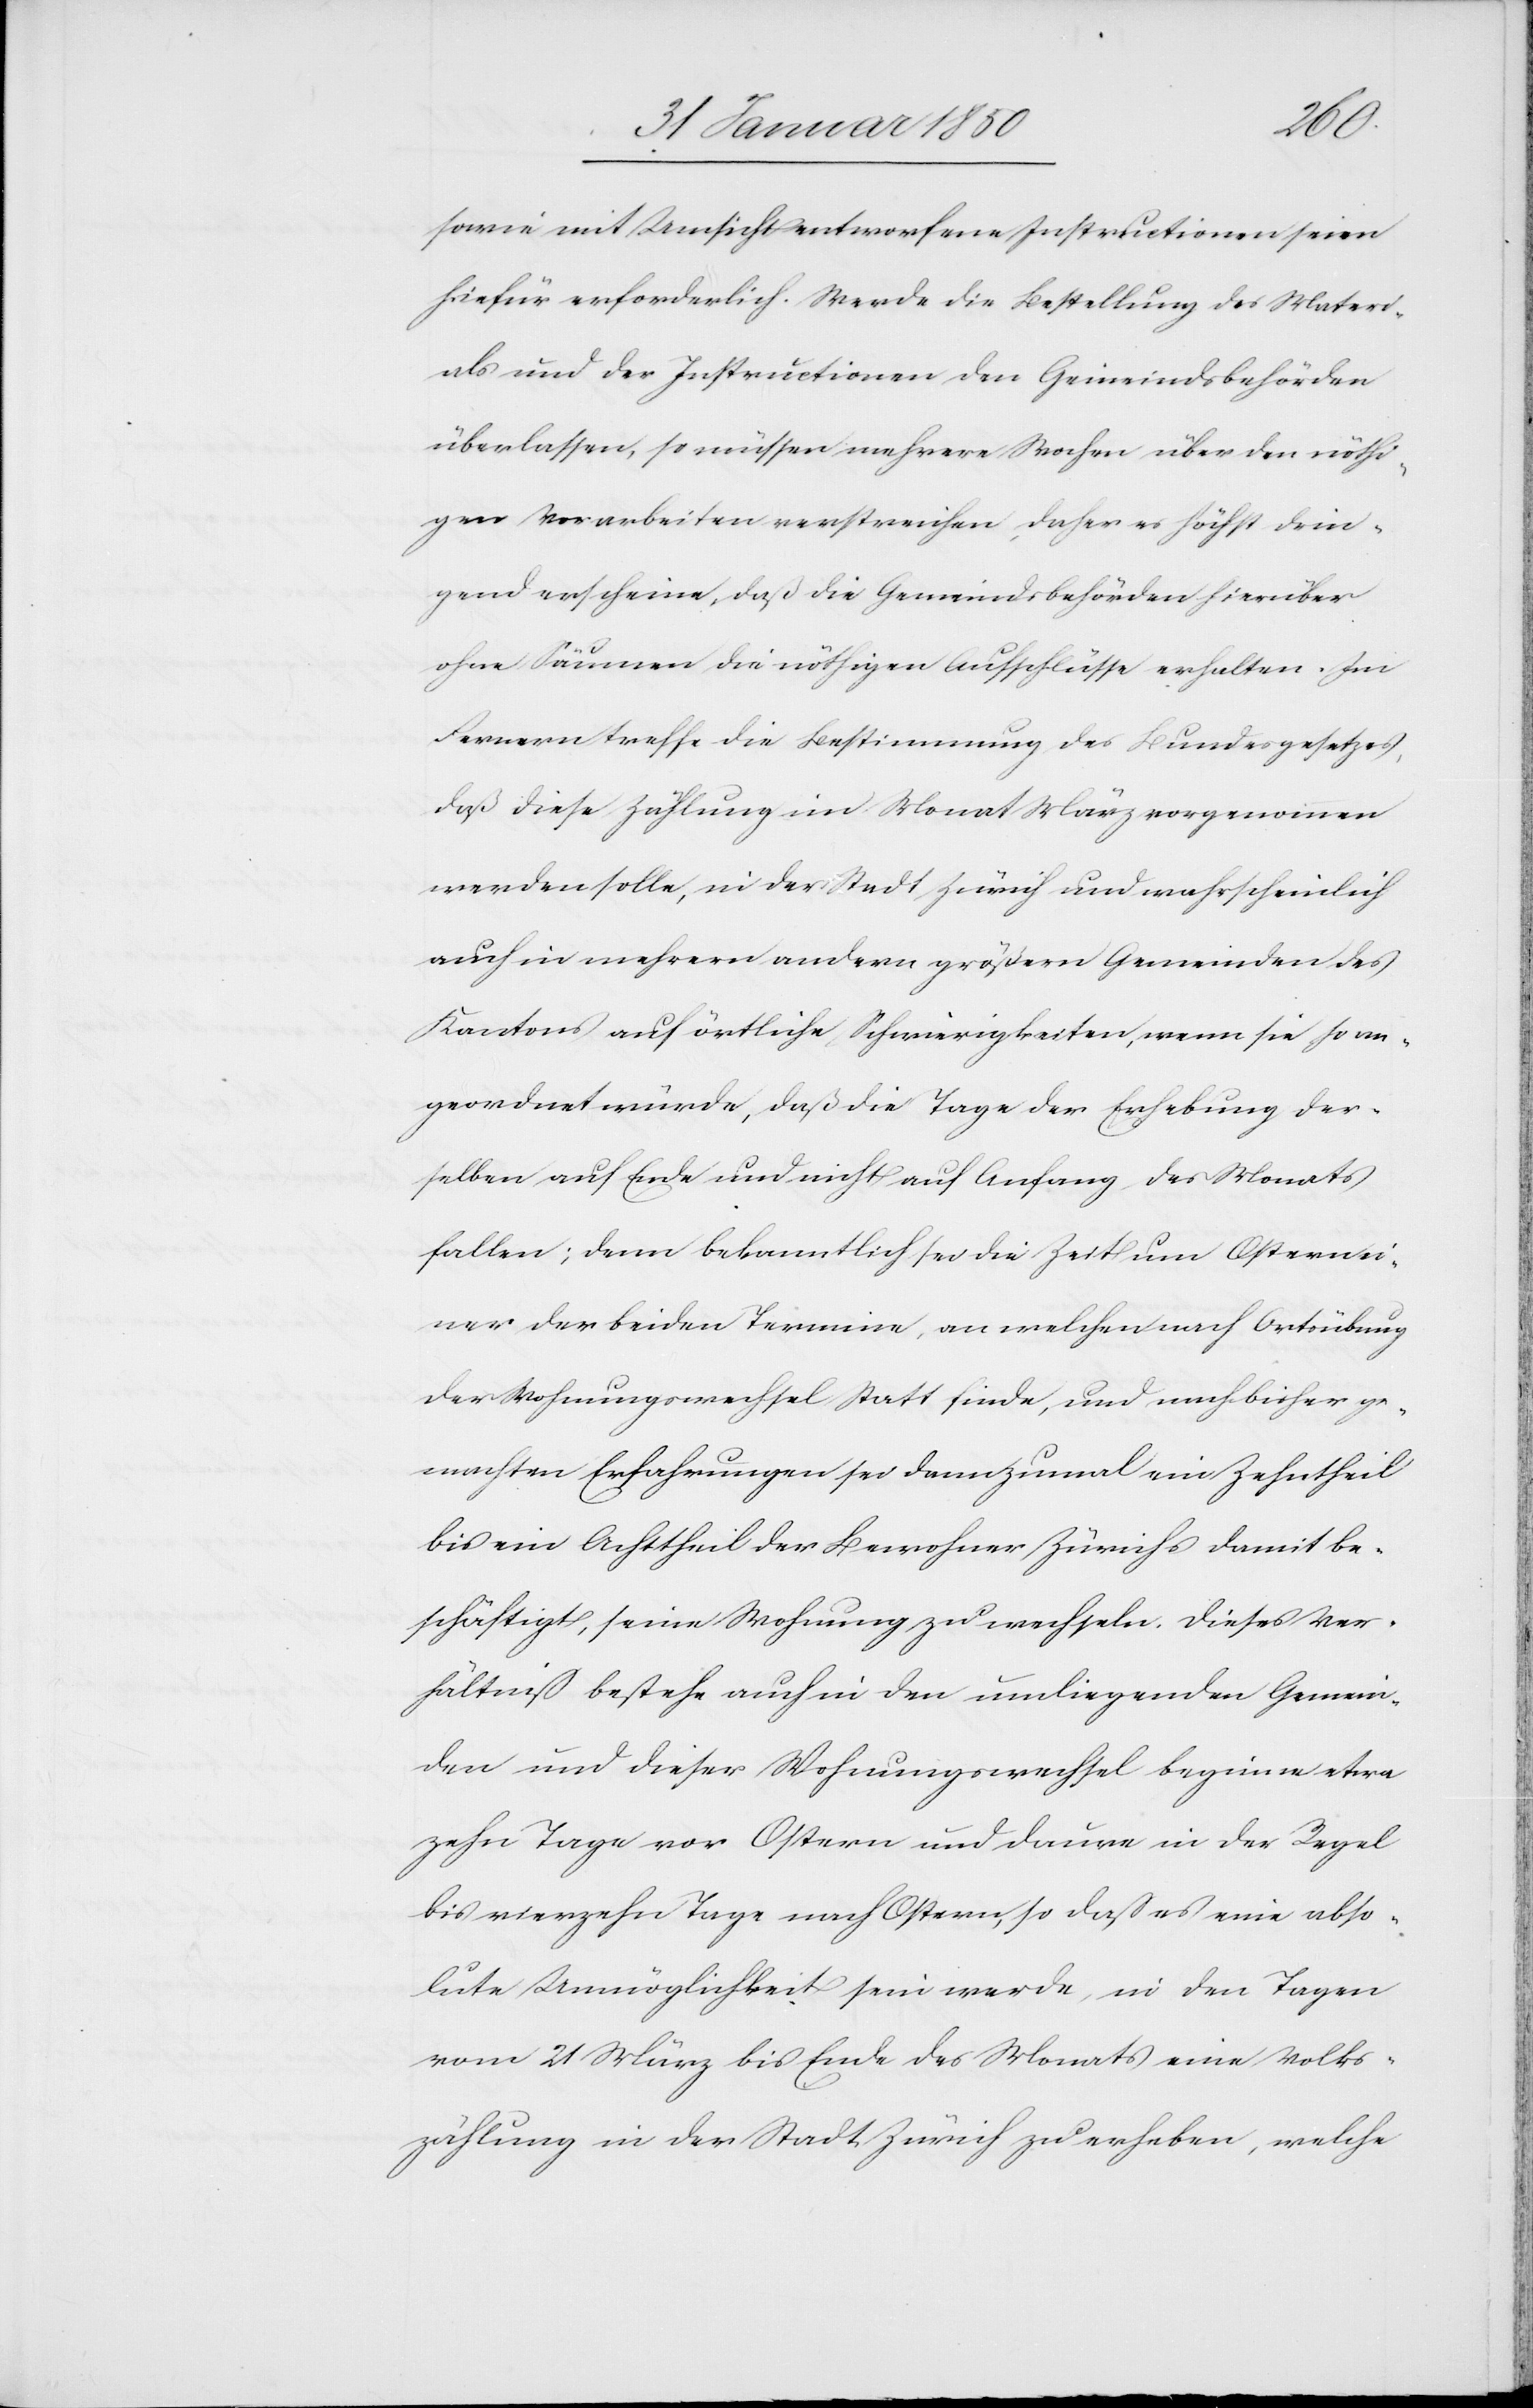
sowie mit Umsicht entworfene Instructionen seien
[sic!] erforderlich. Werde die Bestellung des Materi¬
als und der Instructionen den Gemeindsbehörden
überlassen, so müssen mehrere Wochen über den nöthi¬
gen Vorarbeiten verstreichen, daher es höchst drin¬
gend erscheine, daß die Gemeindsbehörden hierüber
ohne Säumen die nöthigen Aufschlüsse erhalten. Im
Fernern treffe die Bestimmung des Bundesgesetzes,
daß diese Zählung im Monat März vorgenommen
werden solle, in der Stadt Zürich und wahrscheinlich
auch in mehrern andern größern Gemeinden des
Kantons auf örtliche Schwierigkeiten, wenn sie so an¬
geordnet würde, daß die Tage der Erhebung der¬
selben auf Ende und nicht auf Anfang des Monats
fallen; denn bekanntlich sei die Zeit um Ostern ei¬
ner der beiden Termine, an welchen nach Ortsübung
der Wohnungswechsel Statt finde, und nach bisher ge¬
machten Erfahrungen sei dannzumal ein Zehntheil
bis ein Achttheil der Bewohner Zürichs damit be¬
schäftigt, seine Wohnung zu wechseln. Dieses Ver¬
hältniß bestehe auch in den umliegenden Gemein¬
den und dieser Wohnungswechsel beginne etwa
zehn Tage vor Ostern und daure in der Regel
bis vierzehn Tage nach Ostern, so daß es eine abso¬
lute Unmöglichkeit sein werde, in den Tagen
vom 21 März bis Ende des Monats eine Volks¬
zählung in der Stadt Zürich zu erheben, welche